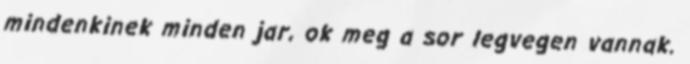
mindenkinek minden jar, ok meg a sor legvegen vannak.